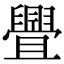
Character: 舋